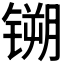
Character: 𫔈